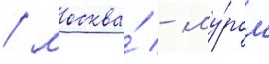
/ москва́ - му́ром